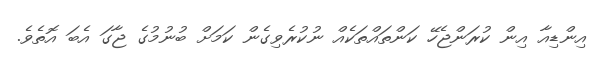
އިންޑިއާ އިން ކުރަންޖެހޭ ކަންތައްތަކެއް ނުކުރެވިގެން ކަމަށް ބުނުމުގެ ޖާގަ އެބަ އޮތެވެ.